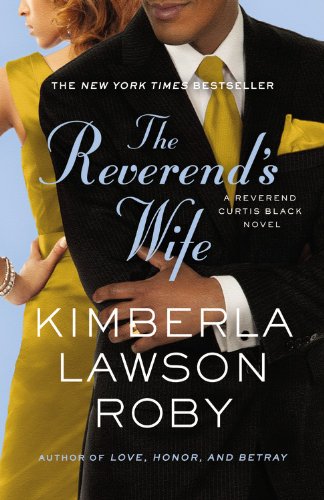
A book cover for The Reverend's Wife (A Reverend Curtis Black Novel); Kimberla Lawson Roby; Literature & Fiction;